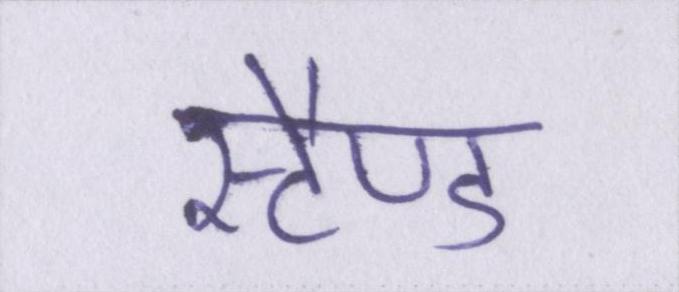
स्टैण्ड